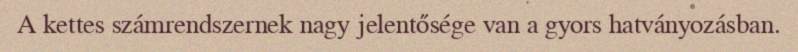
A kettes számrendszernek nagy jelentősége van a gyors hatványozásban.